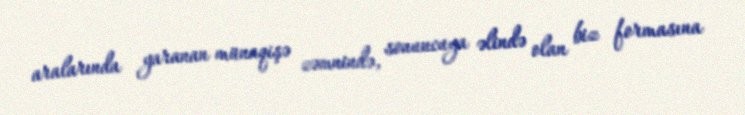
aralarında yaranan münaqişə zəmnində, sonuncuya əlində olan biz formasına